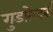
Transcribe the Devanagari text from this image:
गुडफ़ेदर्स